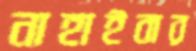
নাহাইবার